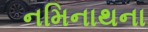
નમિનાથના